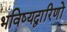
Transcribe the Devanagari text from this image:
भविष्यद्वारिणों